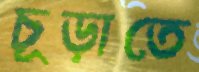
চূড়াতে